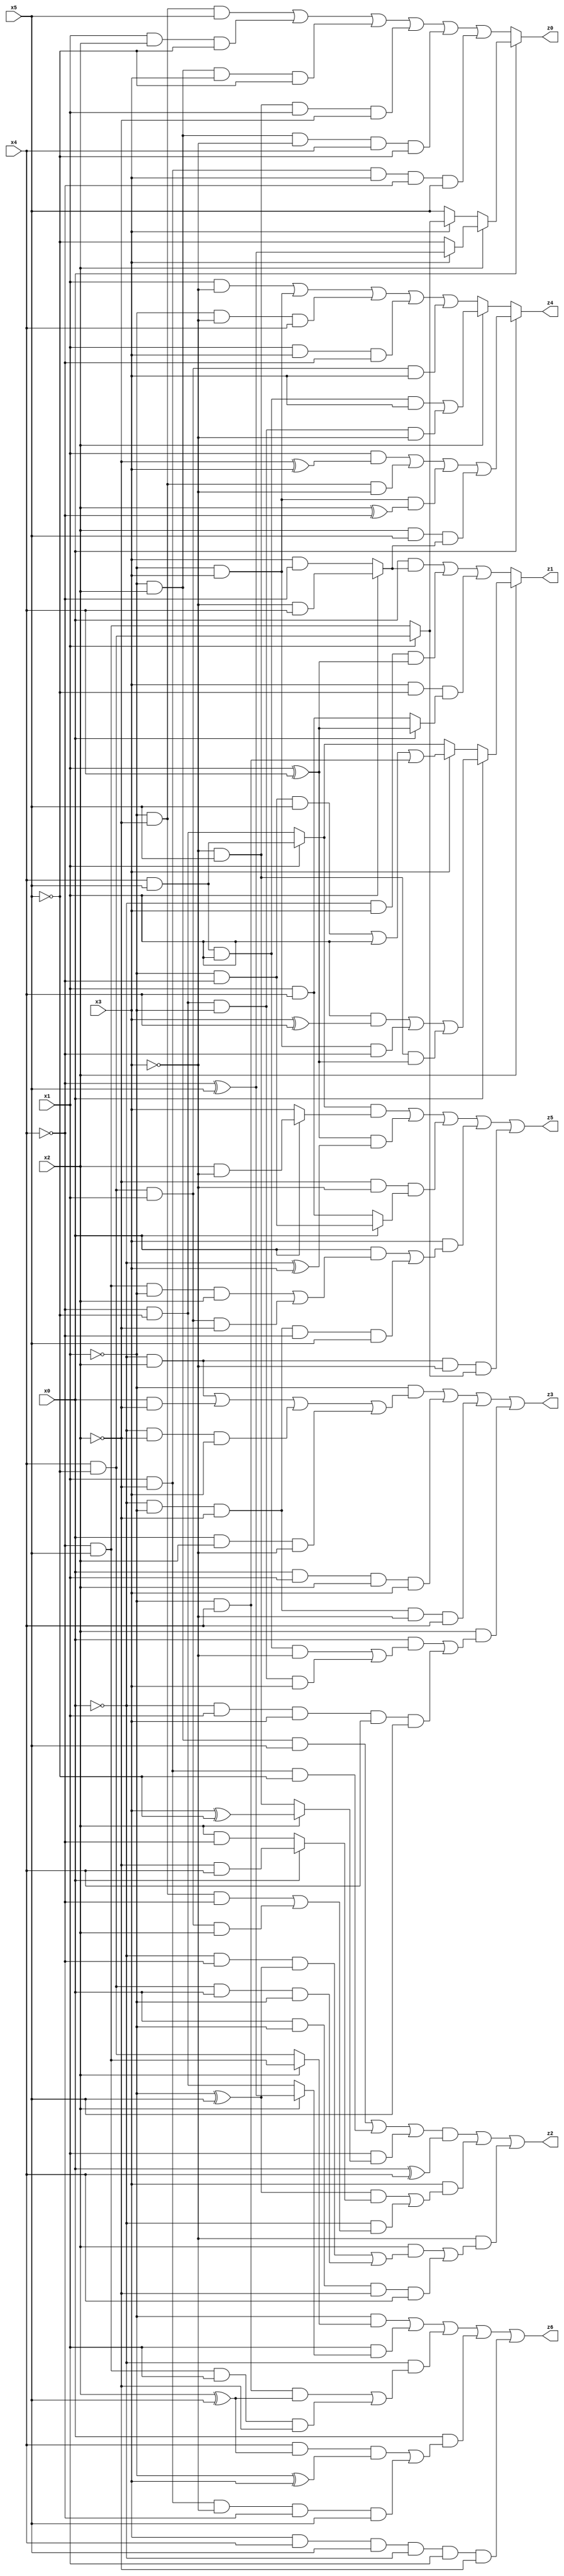
// Benchmark "X_2" written by ABC on Wed Jun 07 15:26:22 2023

module X_72 ( 
    x0, x1, x2, x3, x4, x5,
    z0, z1, z2, z3, z4, z5, z6  );
  input  x0, x1, x2, x3, x4, x5;
  output z0, z1, z2, z3, z4, z5, z6;
  assign z0 = x0 ? (x2 ? (x3 ? (~x4 ^ x5) : ~x5) : (x3 ? (x1 ? (x4 & ~x5) : (~x4 & x5)) : x5)) : ((~x1 & ~x2 & x5) | (x1 & x2 & ~x5) | (~x1 & x2 & x3 & ~x5) | (~x3 & x5 & x1 & ~x2) | (~x1 & x2 & ~x3 & x4 & ~x5) | (x1 & ~x2 & x3 & ~x4 & x5));
  assign z1 = x2 ? (x0 ? ((x1 & (x3 ^ x4)) | (~x1 & x3 & ~x4) | (~x3 & x5 & (x1 ^ x4))) : (x3 ? ((~x1 & ~x4 & x5) | x1 | (~x1 & x4)) : (x1 ? (x4 & x5) : (~x4 & ~x5)))) : ((x0 & (x1 ? (~x3 & x4) : (x3 & ~x4))) | (~x0 & x3 & (x1 ^ x4)) | (x3 & ~x5 & (x0 ? (x1 ^ x4) : (x1 & x4))));
  assign z2 = (((~x1 & x2 & x5) | (x1 & ~x2 & ~x5) | (x1 & (x2 ? (x3 ^ ~x5) : (~x3 & x5)))) & (x0 ^ x4)) | (x3 & (((~x1 ^ x5) & (x0 ? (~x2 & x4) : (x2 & ~x4))) | (~x0 & ((~x1 & ~x2 & ~x4) | (x4 & ~x5 & x1 & x2))))) | (~x3 & ((x2 & ((~x0 & ~x4 & (~x1 ^ x5)) | (x4 & ~x5 & x0 & ~x1))) | (x0 & ~x1 & ~x2 & x4)));
  assign z3 = (~x1 & ((~x0 & x2) | (x0 & ~x2) | (~x0 & ~x2 & x3) | (x0 & x2 & ~x3))) | (x0 & x1 & x2 & x3) | (~x0 & ~x1 & ~x2 & ~x3 & x4) | (x2 & ((x0 & ((x4 & x5 & x1 & ~x3) | (~x4 & ~x5 & ~x1 & x3))) | (~x0 & x1 & x3 & x4 & x5)));
  assign z4 = x0 ? ((x1 & (~x2 ^ x3)) | (~x1 & ~x2 & ~x3) | (~x1 & x3 & (x2 ^ ~x4)) | (x2 & x5 & (x1 ? (~x3 & x4) : (x3 & ~x4)))) : (x2 ? ((x4 & x5 & x1 & x3) | (~x4 & ~x5 & ~x1 & ~x3)) : ((x1 & ~x3) | (~x1 & x3) | (~x1 & ~x3 & x4) | (x1 & x3 & ~x4) | (x4 & ~x5 & x1 & x3)));
  assign z5 = ((x1 ? (x4 & x5) : (~x4 & ~x5)) & (x0 ? (x2 & ~x3) : x3)) | ((x1 ^ x4) & (~x0 ^ x3)) | (~x2 & ~x3 & (x0 ? (~x1 & ~x4) : (x1 & x4))) | (x3 & ((x0 & ((~x4 & x5 & ~x1 & x2) | (x4 & ~x5 & x1 & ~x2))) | (~x0 & ~x1 & ~x2 & ~x4 & x5))) | (~x0 & x2 & ~x3 & (x1 ? (x4 & ~x5) : (~x4 & x5)));
  assign z6 = (~x1 & (x2 ? (~x4 & x5) : (x4 & ~x5))) | (x1 & (x2 ? (~x4 ^ x5) : (~x4 & ~x5))) | (~x0 & ((~x1 & x4 & (x2 ^ x5)) | (~x4 & x5 & x1 & ~x2))) | (x0 & ((x4 & (x2 ^ x5) & (~x1 ^ x3)) | (x1 & ~x2 & ~x3 & ~x4 & x5))) | (x3 & x4 & x5 & ~x0 & x1 & ~x2);
endmodule